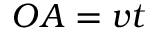
O A = v t